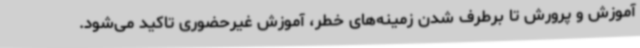
آموزش و پرورش تا برطرف شدن زمینه‌های خطر، آموزش غیرحضوری تاکید می‌شود.